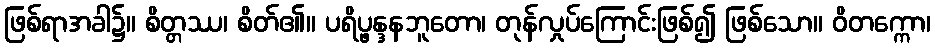
ဖြစ်ရာအခါ၌။ စိတ္တဿ၊ စိတ်၏။ ပရိပ္ဖန္ဒနဘူတော၊ တုန်လှုပ်ကြောင်းဖြစ်၍ ဖြစ်သော။ ဝိတက္ကော၊